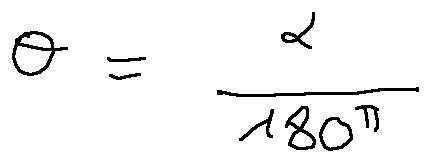
\theta = \frac { \alpha } { 1 8 0 } \pi